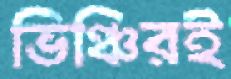
ভিঞ্চিরই